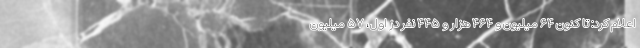
اعلام کرد: تا کنون ۶۴ میلیون و ۴۶۴ هزار و ۴۴۵ نفر دُز اول، ۵۷ میلیون